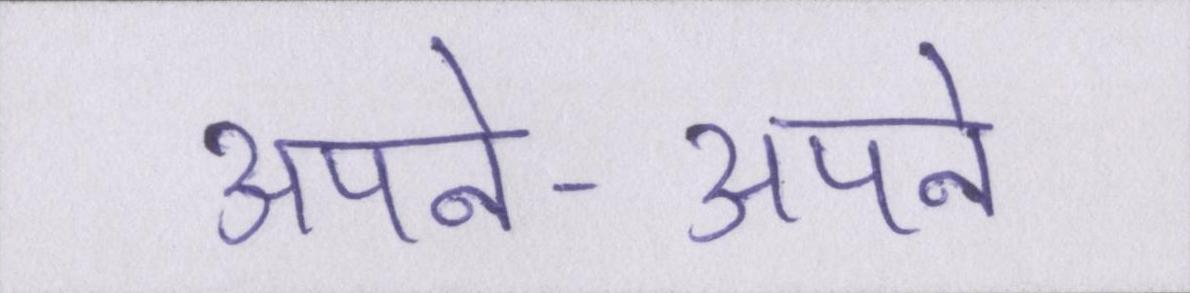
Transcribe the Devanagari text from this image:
अपने-अपने